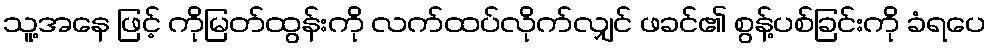
သူ့အနေ ဖြင့် ကိုမြတ်ထွန်းကို လက်ထပ်လိုက်လျှင် ဖခင်၏ စွန့်ပစ်ခြင်းကို ခံရပေ